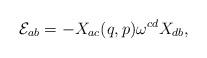
LaTeX: \begin{align*}{\cal E}_{ab} = - X_{ac}(q,p)\omega^{cd}X_{db},\end{align*}